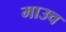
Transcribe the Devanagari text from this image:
माउच